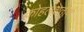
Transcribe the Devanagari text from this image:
कोहलेशतीर्थ